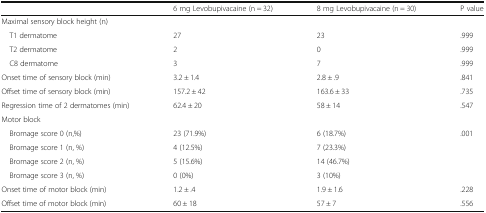
<table><thead><tr><td></td><td><b>6 mg Levobupivacaine (n = 32)</b></td><td><b>8 mg Levobupivacaine (n = 30)</b></td><td><b>P value</b></td></tr></thead><tbody><tr><td colspan="4">Maximal sensory block height (n)</td></tr><tr><td> T1 dermatome</td><td>27</td><td>23</td><td>.999</td></tr><tr><td> T2 dermatome</td><td>2</td><td>0</td><td>.999</td></tr><tr><td> C8 dermatome</td><td>3</td><td>7</td><td>.999</td></tr><tr><td>Onset time of sensory block (min)</td><td>3.2 ± 1.4</td><td>2.8 ± .9</td><td>.841</td></tr><tr><td>Offset time of sensory block (min)</td><td>157.2 ± 42</td><td>163.6 ± 33</td><td>.735</td></tr><tr><td>Regression time of 2 dermatomes (min)</td><td>62.4 ± 20</td><td>58 ± 14</td><td>.547</td></tr><tr><td colspan="4">Motor block</td></tr><tr><td> Bromage score 0 (n,%)</td><td>23 (71.9%)</td><td>6 (18.7%)</td><td>.001</td></tr><tr><td> Bromage score 1 (n, %)</td><td>4 (12.5%)</td><td>7 (23.3%)</td><td></td></tr><tr><td> Bromage score 2 (n, %)</td><td>5 (15.6%)</td><td>14 (46.7%)</td><td></td></tr><tr><td> Bromage score 3 (n, %)</td><td>0 (0%)</td><td>3 (10%)</td><td></td></tr><tr><td>Onset time of motor block (min)</td><td>1.2 ± .4</td><td>1.9 ± 1.6</td><td>.228</td></tr><tr><td>Offset time of motor block (min)</td><td>60 ± 18</td><td>57 ± 7</td><td>.556</td></tr></tbody></table>